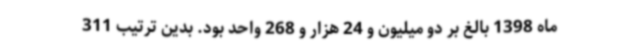
ماه 1398 بالغ بر دو میلیون و 24 هزار و 268 واحد بود. بدین ترتیب 311